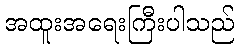
အထူးအရေးကြီးပါသည်